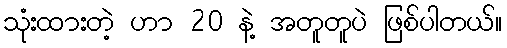
သုံးထားတဲ့ ဟာ 20 နဲ့ အတူတူပဲ ဖြစ်ပါတယ်။